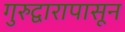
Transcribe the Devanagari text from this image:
गुरुद्वारापासून